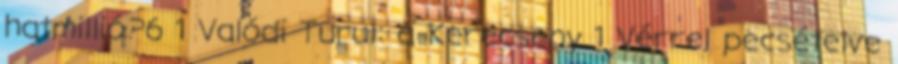
hatmillió?6 1 Valódi Turul: a Kerecseny 1 Vérrel pecsételve